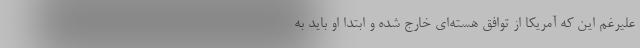
علیرغم این که آمریکا از توافق هسته‌ای خارج شده و ابتدا او باید به